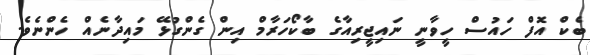
ބެކް އޮފް ހައުސް ހީވާނީ ނައިޖީރިއާގެ ބާކޯހަރާމް އިން ގެންގުޅޭ މައިދާނެއް ހެންނެވެ.